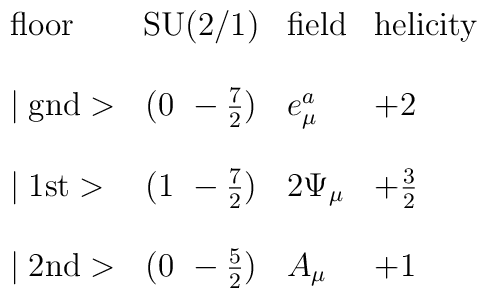
\begin{array}{lcll}\mbox{floor}     & \mbox{SU(2/1)}     & \mbox{field}    & \mbox{helicity} \\\\\mid \mbox{gnd}> & (0~-\frac{7}{2})   & e_\mu^a         & +2 \\\\\mid \mbox{1st}> & (1~-\frac{7}{2})   & 2 \Psi_\mu      & +\frac{3}{2} \\\\\mid \mbox{2nd}> & (0~-\frac{5}{2})   & A_\mu           & +1 \\\end{array}